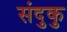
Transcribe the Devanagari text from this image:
संदुकु